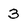
Character: 3